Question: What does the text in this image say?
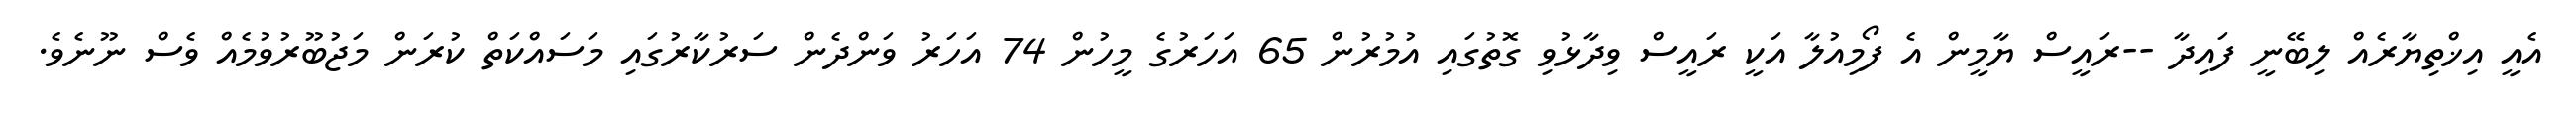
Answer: އެއީ އިޚްތިޔާރެއް ލިބޭނީ ފައިދާ --ރައީސް ޔާމީން އެ ފޯމިއުލާ އަކީ ރައީސް ވިދާޅުވި ގޮތުގައި އުމުރުން 65 އަހަރުގެ މީހުން 74 އަހަރު ވަންދެން ސަރުކާރުގައި މަސައްކަތް ކުރަން މަޖުބޫރުވުމެއް ވެސް ނޫނެވެ.